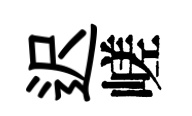
迟嵯